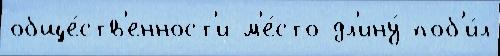
обще́ств'енност'и м'е́сто дл'ину́ поб'и́л